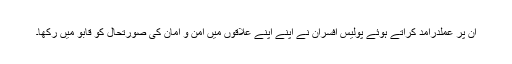
ان پر عملدرآمد کراتے ہوئے پولیس افسران نے اپنے اپنے علاقوں میں امن و امان کی صورتحال کو قابو میں رکھا۔